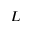
L